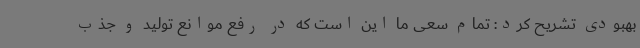
بهبودی تشریح کرد: تمام سعی ما این است که در رفع موانع تولید و جذب